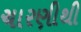
ચારણીથી